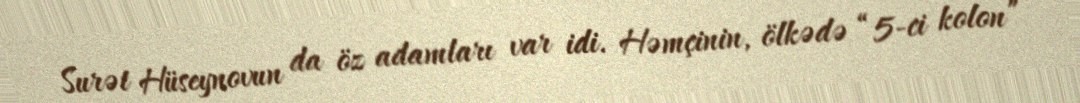
Surət Hüseynovun da öz adamları var idi. Həmçinin, ölkədə “5-ci kolon”